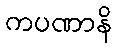
ကပဏာနိ